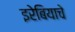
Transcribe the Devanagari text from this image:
इरेबियाचे